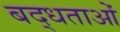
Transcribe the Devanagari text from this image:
बद्धताओं